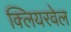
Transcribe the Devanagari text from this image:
क्लियरवेल